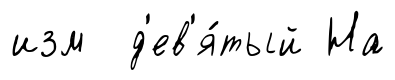
изм д'ев'я́тый На